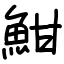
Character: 魽